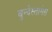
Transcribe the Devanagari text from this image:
बुन्देस्तागेस